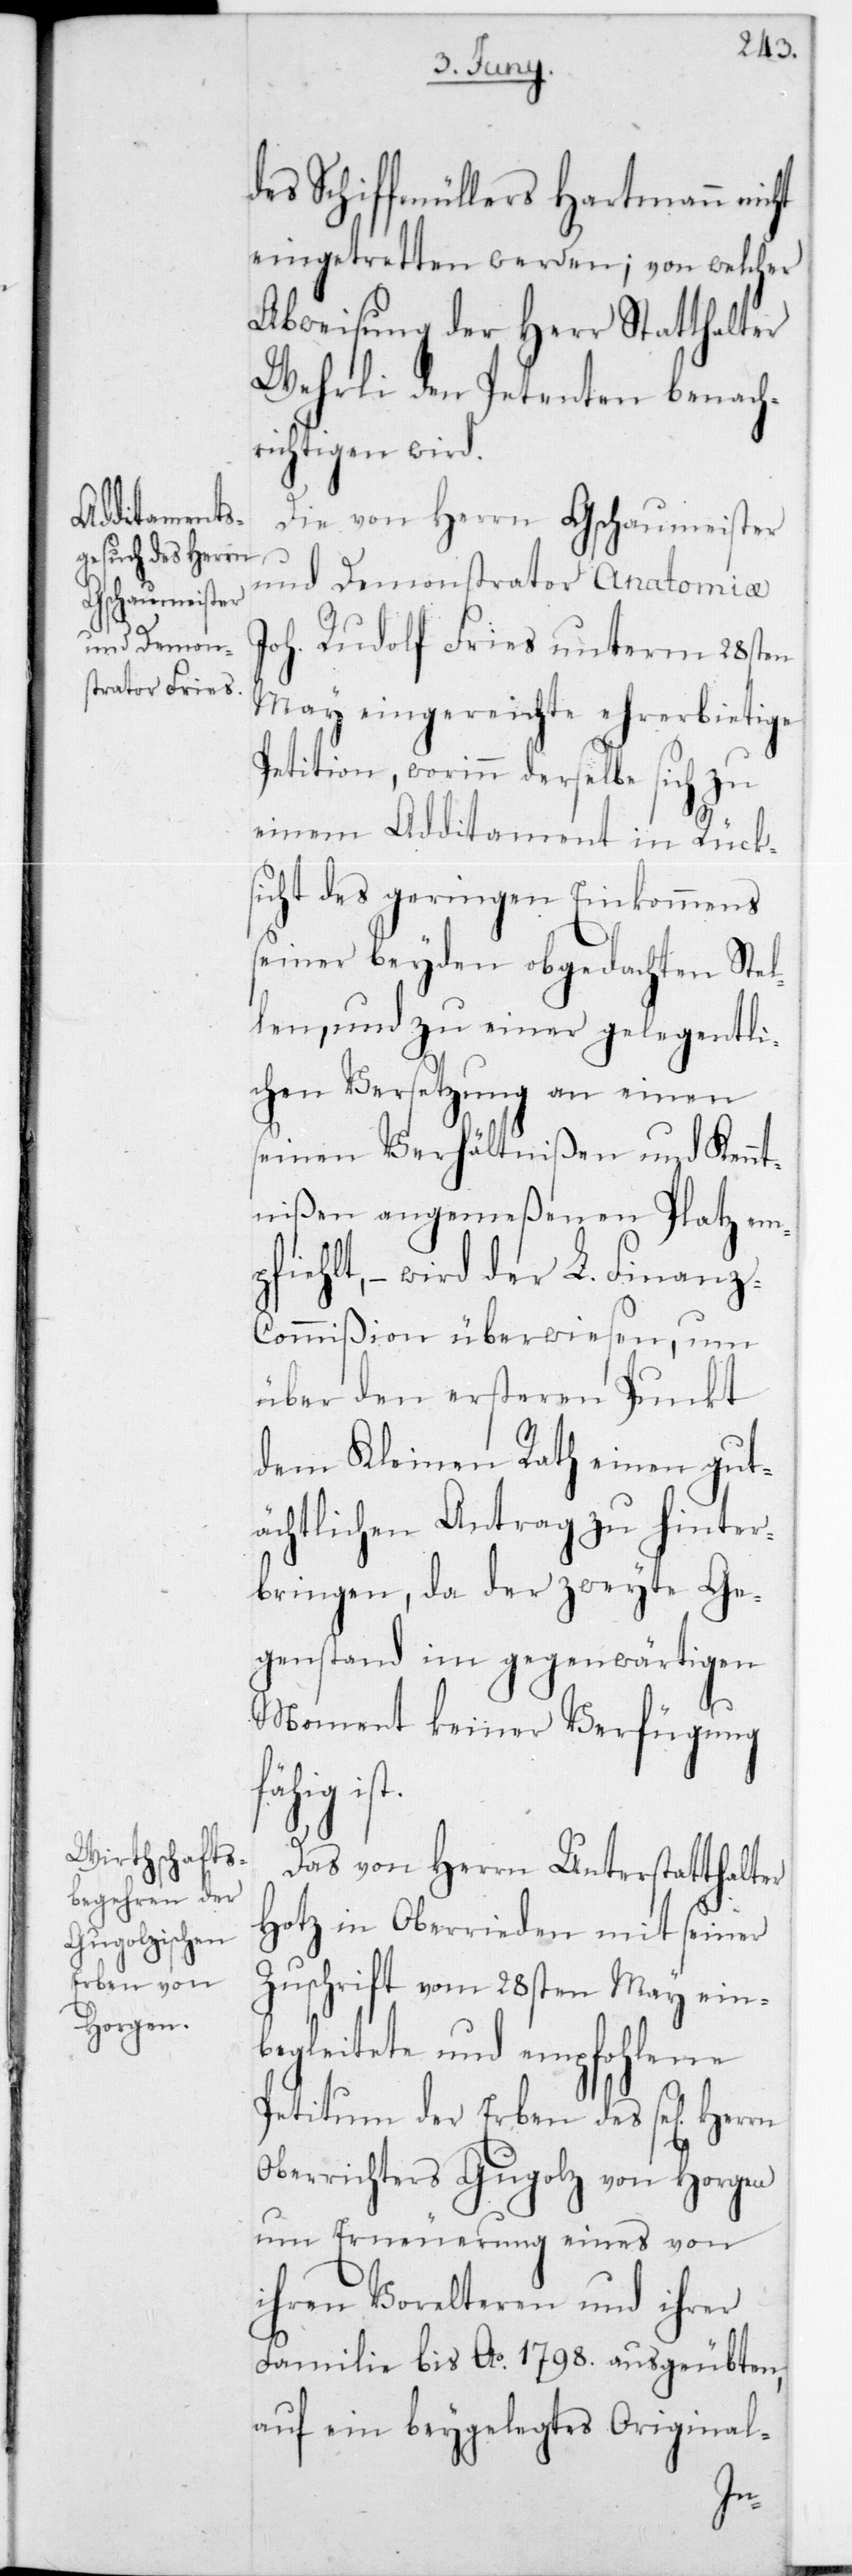
des Schiffmüllers Hartmann nicht
eingetretten werden; von welcher
Abweisung der Herr Statthalter
Wehrli den Petenten benach¬
richtigen wird.
Die von Herrn Geschaumeister
und Demonstrator Anatomiae
Joh. Rudolf Fries unterm 28sten
May eingereichte ehrerbietige
Petition, worinn derselbe sich zu
einem Additament in Rück¬
sicht des geringen Einkommens
seiner beyden obgedachten Stel¬
len, und zu einer gelegentli¬
chen Versetzung an einen
seinen Verhältnißen und Kennt¬
nißen angemeßenen Platz emp¬
hlt, – wird der L. Finanz-C¬
ommißion überwiesen, um
über den ersteren Punkt
dem Kleinen Rath einen gut¬
ächtlichen Antrag zu hinter¬
bringen, da der zweyte Ge¬
genstand im gegenwärtigen
Moment keiner Verfügung
fähig is¬
Das von Herrn Unterstatthalter
Hotz in Oberrieden mit seiner
Zuschrift vom 28sten May ein¬
begleitete und empfohlene
Petitum der Erben des sel. Herrn
Oberrichters Gugolz von Horgen
um Erneuerung eines von
ihren Vorelteren und ihrer
Familie bis Ao 1798 ausgeubten,
auf ein beygelegtes Original-
t.